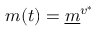
m ( t ) = \underline { m } ^ { v ^ { * } }